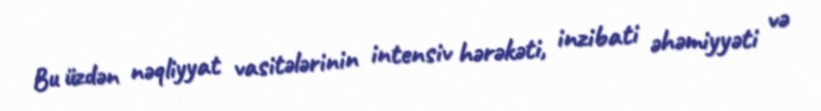
Bu üzdən nəqliyyat vasitələrinin intensiv hərəkəti, inzibati əhəmiyyəti və